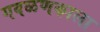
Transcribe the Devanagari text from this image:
गवळणकाला